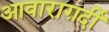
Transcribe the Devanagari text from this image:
आवाराग़र्दी